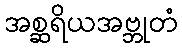
အစ္ဆရိယအဗ္ဘုတံ